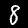
Label: 8